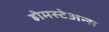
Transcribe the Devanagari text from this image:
होमस्टेअन्स